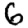
Digit: 6